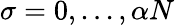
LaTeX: \sigma=0,...,\alpha N